Annual report of the Civil Veterinary Department, Bengal, and of the Bengal Veterinary College, for the year 1900-1901 - 1900-1901
Year: 1900
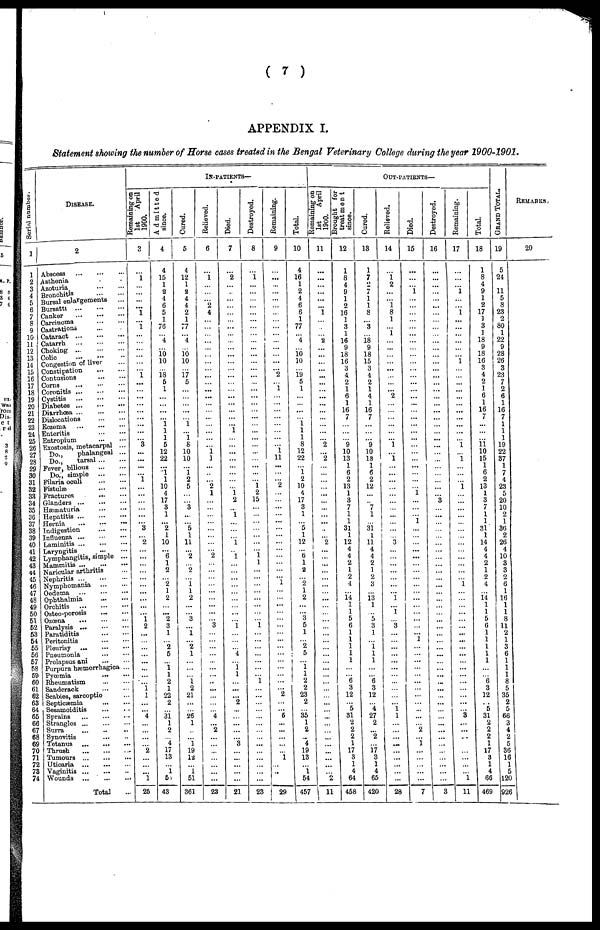
( 7 )
APPENDIX I.
Statement showing the number of Horse cases treated in the Bengal Veterinary College during the year 1900-1901.
Serial number.
1
1
2
3
4
5
6
7
8
9
10
11
12
13
14
15
16
17
18
19
20
21
22
23
24
25
26
27
28
29
30
31
32
33
34
35
36
37
38
39
40
41
42
43
44
45
46
47
48
49
50
51
52
53
54
55
56
57
58
59
60
61
62
63
64
65
66
67
68
69
70
71
72
73
74
DISEASE.
2
Abscess ... ... ...
Asthenia . .
Azoturia ... ...
Bronchitis... ...
Bursal enlargements ...
Bursatti ... ... ...
Canker ... ... ...
Carcinoma ... ...
Castrations ... .
Cataract
...
...
...
Catarrh
...
...
...
Choking ... ... ...
Colic ... ... ...
Congestion of liver ...
Constipation
...
...
Contusions
...
...
Corns
... ... ...
Coronitis ... ... ...
Cystitis
...
...
...
Diabetes ... ... ...
Diarrhæa ... ... ...
Dislocations
...
...
Eczema
...
...
...
Enteritis ... ...
Entropium ... ...
Exostosis, metacarpal ...
Do.,
phalangeal ...
Do.,
tarsal ... ...
Fever, bilious ... ...
Do., simple ... ...
Filaria oculi ... ...
Fistulæ ... ...
Fractures
...
...
Glanders ... ... ...
Hæmaturia ... ...
Hepatitis ... ... ...
Hernia
...
...
...
Indigestion
...
...
Influenza
...
...
...
Laminitis ... ... ...
Laryngitis ... ...
Lymphangitis, simple ...
Mammitis ... ... ...
Naricular arthritis ...
Nephritis ... ... ...
Nymphomania
...
...
Oedema
...
...
...
Ophthalmia
...
...
Orchitis ... ... ...
Osteo-porosis ... ...
Ozæna ... ... ...
Paralysis ... ... ...
Paratiditis ... ...
Peritonitis ... ...
Pleurisy
...
...
...
Pneumonia ... ...
Prolapsus ani ... ...
Purpura hæmorrhagica ...
Pyæmia ... ...
Rheumatism
...
...
Sandcrack ... ...
Scabies, sarcoptie ...
Septicæmia ... ...
Sesamoiditis ... ...
Sprains
...
...
...
Strangles
...
...
...
Surra ... ... ...
Synovitis
...
..
Tetanus
...
...
...
Thrush
...
...
...
Tumours
...
...
...
Uticaria ... ... ... ...
Vaginitis
...
...
..
Wounds ... ... ...
Total ...
IN-PATIENTS—
Remaining on
1st
April
1900.
3
...
1
...
...
...
...
1
...
1
...
...
...
... ...
...
1
...
...
...
...
...
...
...
...
3
...
...
...
...
1
...
...
...
...
...
... 3
... 2
...
...
...
...
...
...
...
...
...
...
1 2
...
...
...
... ...
...
...
... 1 1
...
...
4
...
...
... 2
...
...
...
1
25
Admitted
since.
4
4
15
1
2
4
6
5
1
76
... 4
...
10 10
...
18 5
1
...
...
...
...
1
1
1
5
12
22
...
1
1
10
4
17
3
1
... 2
1
10
...
6
1
2
... 2
1
2
... ...
2
3
1
... 2
5
...
1 1
2
1
22
2
... 31
1
2
...
4
17
13
...
i
5
43
Cured.
5
4
12
1
2
4
4
2
1
77
... 4
...
10 10
...
17 5
...
...
...
...
...
1
... 1
8
10
10
...
i 2
5
...
3
...
5
1
11
2
2
i
1
2
...
3
i
2
1
1 2
21
26
1
l
19
12
...
1
51
361
Relieved.
6
...
1
...
... ...
2
4
...
...
...
...
...
... ...
...
... ...
...
...
...
...
...
...
...
...
1
1
...
...
... 2
1
...
...
...
...
...
...
...
... 2
...
...
...
...
...
...
...
...
... 3
...
...
...
...
...
...
...
.....
...
...
...
... 4
... 2
...
...
...
...
...
...
...
23
Died.
7
...
2
...
..
...
...
...
...
...
...
...
...
... ...
...
... ...
...
...
...
...
...
... 1
...
...
...
...
...
...
...
1
2
...
1
...
...
... 1
... 1
...
...
...
...
...
...
...
...
... 1
...
...
... 4
...
1 1
... ...
...
2
...
...
...
...
... 3
...
...
...
...
...
21
Destroyed.
8
...
1
...
...
...
...
...
...
...
... ...
...
...
...
...
... ...
...
...
...
...
...
...
...
...
...
...
...
...
... 1
2
15
...
...
...
...
...
...
... 1 ...1
...
...
...
...
...
...
...
... 1
...
...
...
...
...
...
...
1
...
...
...
...
...
...
...
...
...
...
...
...
...
...
23
Remaining.
9
...
...
...
...
...
...
...
...
...
...
...
...
...
...
...
2
... 1
...
...
...
...
...
...
...
1
11
...
...
... 2
...
...
...
...
...
...
...
...
...
...
...
...
...
1
...
...
...
...
...
...
...
...
...
...
...
...
...
...
... 2
... 5
...
...
...
...
...
1
... ...
...
29
Total.
10
4
16
1
2
4
6
6
1
77
...
4
...
10 10
...
19 5
1
...
...
...
...
1
1
1
8
12
22
...
1
2
10
4
17
3
1
... 5
1
12
... 6
1
2
... 2
1
2
...
... 3
5
1
... 2
5
...
1 1
2
2 23
2
... 35
1
2
...
4
19
13
...
1 54
457
OUT-PATIENTS—
Remaining on
1st
April
1900.
11
...
...
...
...
...
...
1
...
.
... 2
...
... ...
...
... ...
...
...
...
...
...
...
...
2
...
2
...
...
...
...
...
...
...
...
...
...
... 2
...
...
...
...
...
...
... ...
...
...
...
...
...
...
...
...
...
...
...
...
...
...
...
... ...
...
...
...
...
...
...
...
...
2
11
Brought for
treatment
since.
12
1
8
4
9
1
2
16
1
3
1
16
9
18
16
3
4
2
1
6
1
16
7
...
...
9
10
13
1
6
2
13
1
3
7
1
1
31
1
12
4
4
2
1
2
4
... 14
1
1
5
6
1
1
1
1
1
...
... 6
3
12
... 5
81
2
2
2
1
17
3
1
4
64
458
Cured.
13
1
7
2
7 1
1
8
...
3
... 18
9
18
15
3
4
2
1
4
1
16
7
...
...
9
10
13
1
6
2
12
...
... 7
1
... 31
1
11
4
4
2
1
2
3
... 13
1
... 5
3
1
...
1 1
1
...
...
6
3
12
... 4
27
2
... 2
... 17
3
1
4
65
420
Relieved.
14
...
1
2
...
...
1
8
1
...
1
...
...
... ...
...
...
...
...
2
...
...
...
...
...
1
...
1
...
...
...
...
...
...
...
...
...
...
... 3
...
...
...
...
...
...
... 1
... 1
... 3
...
...
...
...
...
...
...
...
...
...
...
1 1
...
...
... ...
...
...
...
...
...
28
Died.
15
...
...
...
1
...
...
...
...
...
...
...
...
... ...
...
...
...
...
...
...
...
...
...
...
...
...
...
...
...
...
...
1
...
...
...
1
...
...
...
...
...
...
...
...
...
...
...
...
...
...
...
... 1
...
...
...
...
...
...
...
...
...
...
...
... 2
1
...
7
Destroyed.
16
...
...
...
...
...
...
...
...
...
...
...
...
... ...
...
... ...
...
...
...
...
...
...
...
...
...
...
...
...
...
...
... 3
...
...
...
...
...
...
...
...
...
...
...
...
...
...
...
... ...
...
...
...
...
...
...
...
...
...
...
...
...
...
...
...
...
...
...
3
Remaining.
17
...
...
...
1 ...
...
1
...
...
...
...
...
... 1
...
... ...
...
...
...
...
...
...
...
1
...
1
...
...
...
1
...
...
...
...
...
...
...
...
...
...
...
...
...
1
...
...
...
...
...
...
...
...
...
...
...
...
...
...
...
...
...
... 3
...
...
...
...
...
...
...
1
1
11
Total.
18
1
8
4
9
1
2
17
1
3
1
18
9
18
16
8
4
2
1
6
1
16
7
...
...
11
10
15
1
6
2
13
1
3
7
1
1
31
1
14
4
4
2
1
2
4
... 14
1
1
5
6
1
1
1
1
1
...
... 6
3
12
.. 5
31
2
2
2
1
17
3
1
4
66
469
GRAND TOTAL.
19
5
24
11
5
8
23
2
80
1
22
9
28
26
3
23
7
2
6
1
16
7
1
1
1
19
22
37
1
7
4
23
5
20
10
2
1
36
2
26
4
10
3
3
2
6
1
16
1
1
8
11
2
1
3
6
1
1
1
8
5
35
2
5
66
3
4
2
5
36
16
1
5
120
926
REMARKS.
20